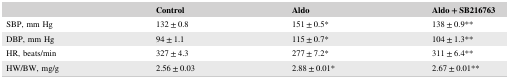
|  | Control | Aldo | Aldo + SB216763 |
 | --- | --- | --- | --- |
 | SBP, mm Hg | 132 ± 0.8 | 151 ± 0.5* | 138 ± 0.9** |
 | DBP, mm Hg | 94 ± 1.1 | 115 ± 0.7* | 104 ± 1.3** |
 | HR, beats/min | 327 ± 4.3 | 277 ± 7.2* | 311 ± 6.4** |
 | HW/BW, mg/g | 2.56 ± 0.03 | 2.88 ± 0.01* | 2.67 ± 0.01** |